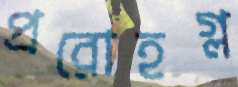
প্ররোহগ্ল